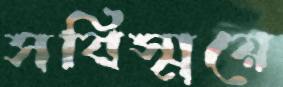
সবিস্ময়ে